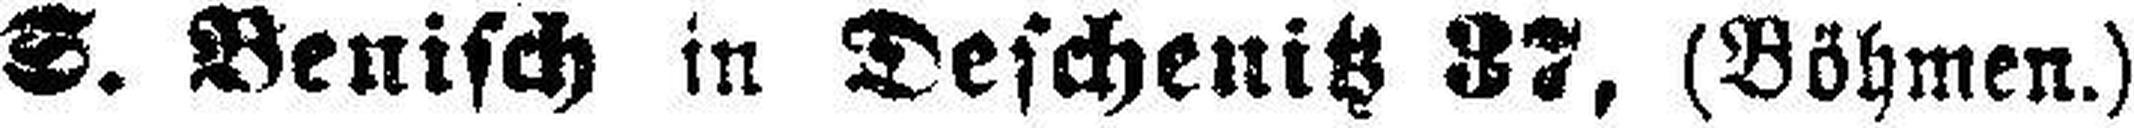
S. Benisch in Deschenitz 87, (Böhmen.)